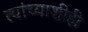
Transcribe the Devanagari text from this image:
त्यांच्याशीही